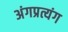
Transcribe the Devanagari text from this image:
अंगप्रत्यंग